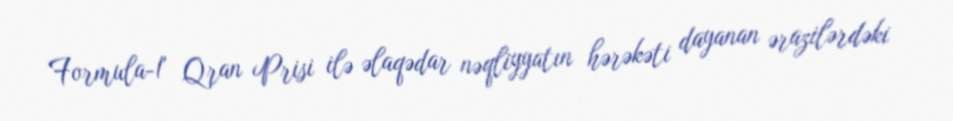
Formula-1" Qran Prisi ilə əlaqədar nəqliyyatın hərəkəti dayanan ərazilərdəki